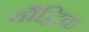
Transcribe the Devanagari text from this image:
वौद्धिक